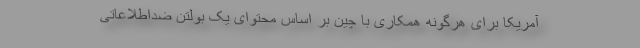
آمریکا برای هرگونه همکاری با چین بر اساس محتوای یک بولتن ضداطلاعاتی